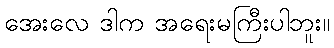
အေးလေ ဒါက အရေးမကြီးပါဘူး။